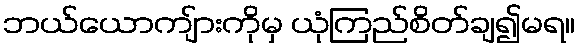
ဘယ်ယောကျ်ားကိုမှ ယုံကြည်စိတ်ချ၍မရ။